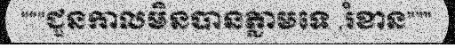
"""ជួនកាលមិនបានភ្លាមទេ ,រំខាន"""